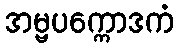
အမ္ဗပက္ကောဒကံ